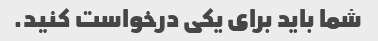
شما باید برای یکی درخواست کنید.